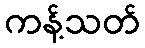
ကန့်သတ်